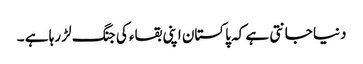
دنیا جانتی ہے کہ پاکستان اپنی بقاء کی جنگ لڑ رہا ہے ۔